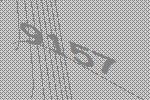
9157